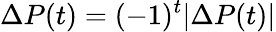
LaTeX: \Delta P(t)=(-1)^{t}|\Delta P(t)|